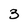
Character: 3